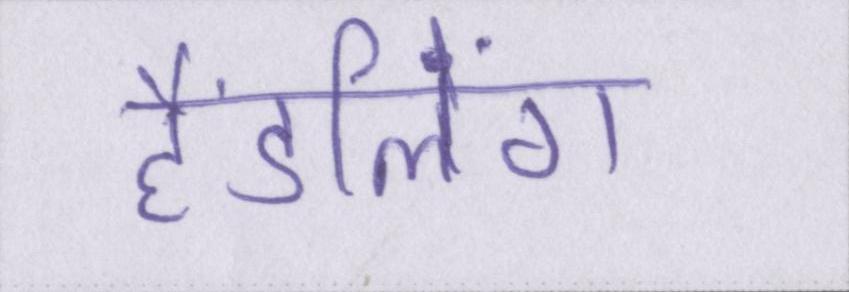
हैंडलिंग